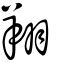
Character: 翔